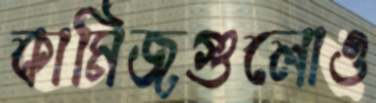
কামিজগুলোও